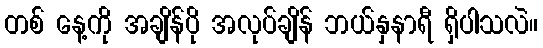
တစ် နေ့ကို အချိန်ပို အလုပ်ချိန် ဘယ်နှနာရီ ရှိပါသလဲ။